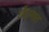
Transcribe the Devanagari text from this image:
छेदनात